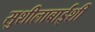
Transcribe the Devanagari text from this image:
सुशीलाबाईंशी